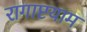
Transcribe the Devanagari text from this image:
रागाष्टयाम